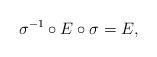
LaTeX: \begin{align*}\sigma^{-1}\circ E\circ \sigma =E,\end{align*}